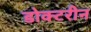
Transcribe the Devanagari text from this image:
डोक्टरीन